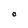
Character: O